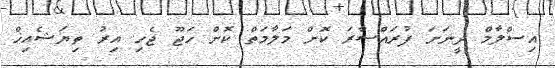
އިސްލާމް ދީނަށަ ފުރައްސާރަ ކޮށް މަލާމަތް ކޮށް ހަޖޫ ޖެހި އިރު ތިޔަޝެއިޚް